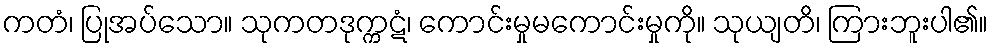
ကတံ၊ ပြုအပ်သော။ သုကတဒုက္ကဋံ၊ ကောင်းမှုမကောင်းမှုကို။ သုယျတိ၊ ကြားဘူးပါ၏။